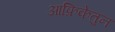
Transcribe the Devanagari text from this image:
आफ्रिकेतुन